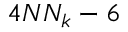
4 N N _ { k } - 6